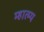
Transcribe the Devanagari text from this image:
म्हात्म्य